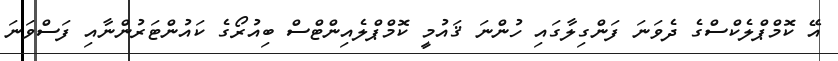
އޭ ކޮމްޕްލެކްސްގެ ދެވަނަ ފަންގިލާގައި ހުންނަ ޤައުމީ ކޮމްޕްލެއިންޓްސް ބިއުރޯގެ ކައުންޓަރުންނާއި ފަސްވަނަ